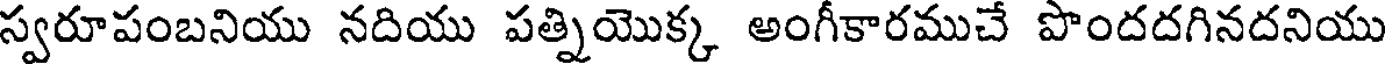
స్వరూపంబనియు నదియు పత్నియొక్క అంగీకారముచే పొందదగినదనియు